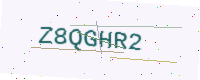
Text: Z8QGHR2